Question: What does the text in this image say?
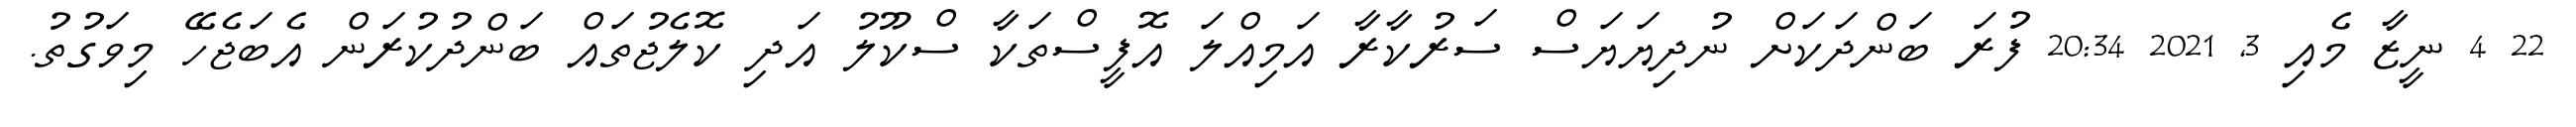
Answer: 22 4 ނީޒާ މެއި 3, 2021 20:34 ފުރަ ބަންދަކަށް ނުދިޔަޔަސް ސަރުކާރާ އަމިއްލަ އޮފީސްތަކާ ސްކޫލު އަދި ކޮލެޖުތައް ބަންދުކުރަން އެބަޖެހޭ މިވަގުތު.